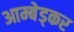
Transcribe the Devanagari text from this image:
आम्बेड्कर